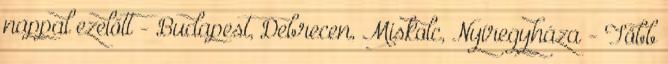
nappal ezelőtt - Budapest, Debrecen, Miskolc, Nyíregyháza - Több